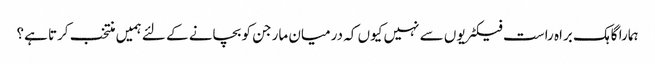
ہمارا گاہک براہ راست فیکٹریوں سے نہیں کیوں کہ درمیان مارجن کو بچانے کے لئے ہمیں منتخب کرتا ہے؟